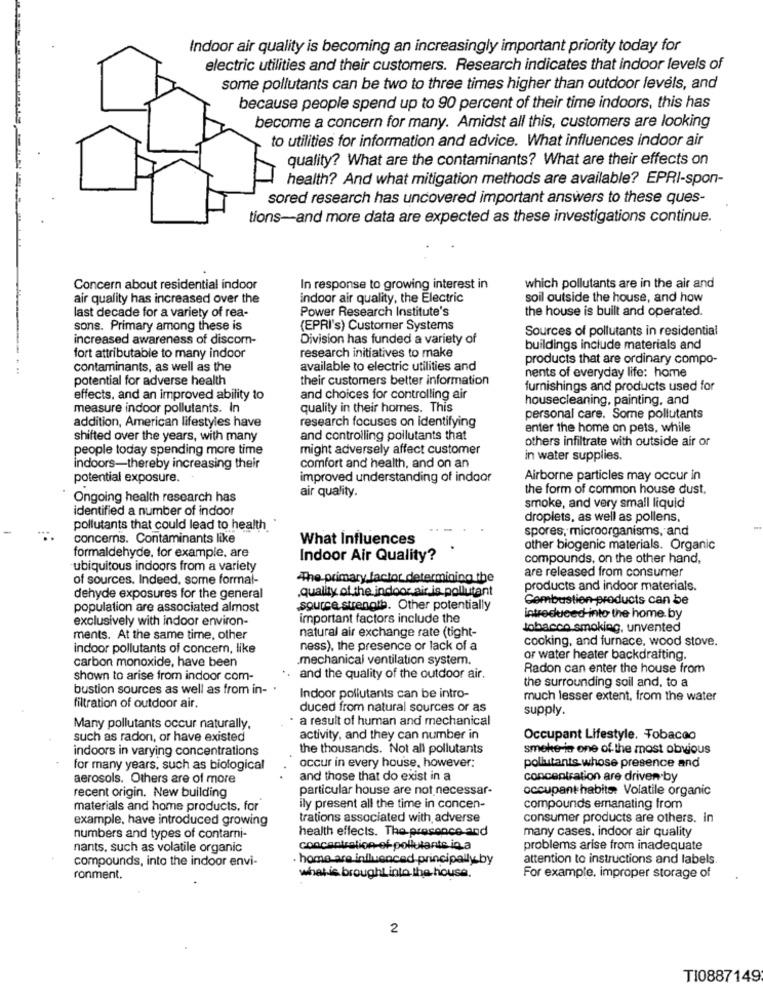
Indoor air quality is becoming an increasingly important priority today for
electric utilities and their customers. Research indicates that indoor levels of
some pollutants can be two to three times higher than outdoor levels, and
because people spend up to 90 percent of their time indoors, this has
become a concern for many. Amidst all this, customers are looking
to utilities for information and advice. What influences indoor air
quality? What are the contaminants? What are their effects on
health? And what mitigation methods are available? EPRI-spon-
sored research has uncovered important answers to these ques-
tions-and more data are expected as these investigations continue.
Concern about residential indoor
In response to growing interest in
which pollutants are in the air and
air quality has increased over the
indoor air quality, the Electric
soil outside the house, and how
last decade for a variety of rea-
Power Research Institute's
the house is built and operated.
sons. Primary among these is
(EPRI's) Customer Systems
Sources of pollutants in residential
increased awareness of discom-
Division has funded a variety of
buildings include materials and
fort attributable to many indoor
research initiatives to make
products that are ordinary compo-
contaminants, as well as the
available to electric utilities and
potential for adverse health
their customers better information
nents of everyday life: home
furnishings and products used for
effects, and an improved ability to
and choices for controlling air
housecleaning, painting, and
measure indoor pollutants. In
quality in their homes. This
addition, American lifestyles have
research focuses on identifying
personal care. Some pollutants
enter the home on pets, while
shifted over the years, with many
and controlling pollutants that
others infiltrate with outside air or
people today spending more time
might adversely affect customer
in water supplies.
indoors-thereby increasing their
comfort and health, and on an
potential exposure.
improved understanding of indoor
Airborne particles may occur in
the form of common house dust,
Ongoing health research has
air quality.
identified a number of indoor
smoke, and very small liquid
droplets, as well as pollens.
pollutants that could lead to health
spores, microorganisms, and
concerns. Contaminants like
What Influences
other biogenic materials. Organic
formaldehyde, for example, are
Indoor Air Quality?
compounds, on the other hand,
ubiquitous indoors from a variety
are released from consumer
of sources. Indeed, some formal-
The primary factor determining the
.quality of the indoor air is pollutant
products and indoor materials.
dehyde exposures for the general
Combustion-products can be
population are associated almost
source strength. Other potentially
exclusively with indoor environ-
important factors include the
introduced-into the home. by
natural air exchange rate (tight-
tobacco smoking, unvented
ments. At the same time, other
cooking, and furnace, wood stove.
indoor pollutants of concern, like
ness), the presence or lack of a
carbon monoxide, have been
.mechanical ventilation system.
or water heater backdrafting.
Radon can enter the house from
shown to arise from indoor com-
. and the quality of the outdoor air.
the surrounding soil and, to a
bustion sources as well as from in-
Indoor pollutants can be intro-
much lesser extent, from the water
filtration of outdoor air.
duced from natural sources or as
supply.
· a result of human and mechanical
Many pollutants occur naturally.
such as radon, or have existed
activity, and they can number in
Occupant Lifestyle, Tobacco
indoors in varying concentrations
the thousands. Not all pollutants
smoke lo one of the most obvious
pollutants whose presence and
for many years, such as biological
occur in every house, however:
aerosols. Others are of more
and those that do exist in a
concentration are driven by
particular house are not necessar-
occupant habite. Volatile organic
recent origin. New building
materials and home products, for
ily present all the time in concen-
compounds emanating from
example, have introduced growing
trations associated with adverse
consumer products are others. in
health effects. The presence and
many cases. indoor air quality
numbers and types of contarni-
nants, such as volatile organic
concentration-of- pollutants in a
problems arise from inadequate
compounds, into the indoor envi-
home are influenced.principally.by
attention to instructions and labels.
ronment.
what is brought into the house.
For example, improper storage of
2
TI0887149